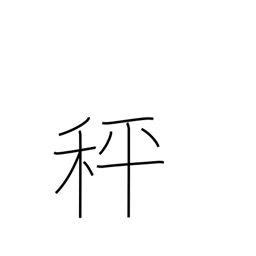
Meaning: balances